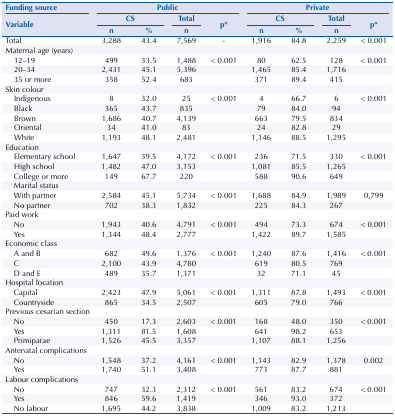
<table><thead><tr><td><b>Funding source</b></td><td colspan="4"><b>Public</b></td><td colspan="4"><b>Private</b></td></tr><tr><td rowspan="3"><b>Variable</b></td><td colspan="2"><b>CS</b></td><td><b>Total</b></td><td rowspan="3"><b>p*</b></td><td colspan="2"><b>CS</b></td><td><b>Total</b></td><td rowspan="3"><b>p*</b></td></tr><tr><td><b>n</b></td><td><b>%</b></td><td><b>n</b></td><td><b>n</b></td><td><b>%</b></td><td><b>n</b></td></tr></thead><tbody><tr><td>Total</td><td>3,288</td><td>43.4</td><td>7,569</td><td>-</td><td>1,916</td><td>84.8</td><td>2,259</td><td>&lt; 0.001</td></tr><tr><td>Maternal age (years)</td><td> </td><td> </td><td> </td><td> </td><td> </td><td> </td><td> </td><td> </td></tr><tr><td>12–19</td><td>499</td><td>33.5</td><td>1,488</td><td>&lt; 0.001</td><td>80</td><td>62.5</td><td>128</td><td>&lt; 0.001</td></tr><tr><td>20–34</td><td>2,431</td><td>45.1</td><td>5,396</td><td> </td><td>1,465</td><td>85.4</td><td>1,716</td><td> </td></tr><tr><td>35 or more</td><td>358</td><td>52.4</td><td>683</td><td> </td><td>371</td><td>89.4</td><td>415</td><td> </td></tr><tr><td>Skin colour</td><td> </td><td> </td><td> </td><td> </td><td> </td><td> </td><td> </td><td> </td></tr><tr><td>Indigenous</td><td>8</td><td>32.0</td><td>25</td><td>&lt; 0.001</td><td>4</td><td>66.7</td><td>6</td><td>&lt; 0.001</td></tr><tr><td>Black</td><td>365</td><td>43.7</td><td>835</td><td> </td><td>79</td><td>84.0</td><td>94</td><td> </td></tr><tr><td>Brown</td><td>1,686</td><td>40.7</td><td>4,139</td><td> </td><td>663</td><td>79.5</td><td>834</td><td> </td></tr><tr><td>Oriental</td><td>34</td><td>41.0</td><td>83</td><td> </td><td>24</td><td>82.8</td><td>29</td><td> </td></tr><tr><td>White</td><td>1,193</td><td>48.1</td><td>2,481</td><td> </td><td>1,146</td><td>88.5</td><td>1,295</td><td> </td></tr><tr><td>Education</td><td> </td><td> </td><td> </td><td> </td><td> </td><td> </td><td> </td><td> </td></tr><tr><td>Elementary school</td><td>1,647</td><td>39.5</td><td>4,172</td><td>&lt; 0.001</td><td>236</td><td>71.5</td><td>330</td><td>&lt; 0.001</td></tr><tr><td>High school</td><td>1,482</td><td>47.0</td><td>3,153</td><td> </td><td>1,081</td><td>85.5</td><td>1,265</td><td> </td></tr><tr><td>College or more</td><td>149</td><td>67.7</td><td>220</td><td> </td><td>588</td><td>90.6</td><td>649</td><td> </td></tr><tr><td>Marital status</td><td> </td><td> </td><td> </td><td> </td><td> </td><td> </td><td> </td><td> </td></tr><tr><td>With partner</td><td>2,584</td><td>45.1</td><td>5,734</td><td>&lt; 0.001</td><td>1,688</td><td>84.9</td><td>1,989</td><td>0,799</td></tr><tr><td>No partner</td><td>702</td><td>38.3</td><td>1,832</td><td> </td><td>225</td><td>84.3</td><td>267</td><td> </td></tr><tr><td>Paid work</td><td> </td><td> </td><td> </td><td> </td><td> </td><td> </td><td> </td><td> </td></tr><tr><td>No</td><td>1,943</td><td>40.6</td><td>4,791</td><td>&lt; 0.001</td><td>494</td><td>73.3</td><td>674</td><td>&lt; 0.001</td></tr><tr><td>Yes</td><td>1,344</td><td>48.4</td><td>2,777</td><td> </td><td>1,422</td><td>89.7</td><td>1,585</td><td> </td></tr><tr><td>Economic class</td><td> </td><td> </td><td> </td><td> </td><td> </td><td> </td><td> </td><td> </td></tr><tr><td>A and B</td><td>682</td><td>49.6</td><td>1.376</td><td>&lt; 0.001</td><td>1,240</td><td>87.6</td><td>1,416</td><td>&lt; 0.001</td></tr><tr><td>C</td><td>2,100</td><td>43.9</td><td>4,780</td><td> </td><td>619</td><td>80.5</td><td>769</td><td> </td></tr><tr><td>D and E</td><td>489</td><td>35.7</td><td>1,371</td><td> </td><td>32</td><td>71.1</td><td>45</td><td> </td></tr><tr><td>Hospital location</td><td> </td><td> </td><td> </td><td> </td><td> </td><td> </td><td> </td><td> </td></tr><tr><td>Capital</td><td>2,423</td><td>47.9</td><td>5,061</td><td>&lt; 0.001</td><td>1,311</td><td>87.8</td><td>1,493</td><td>&lt; 0.001</td></tr><tr><td>Countryside</td><td>865</td><td>34.5</td><td>2,507</td><td> </td><td>605</td><td>79.0</td><td>766</td><td> </td></tr><tr><td colspan="9">Previous cesarian section</td></tr><tr><td>No</td><td>450</td><td>17.3</td><td>2,603</td><td>&lt; 0.001</td><td>168</td><td>48.0</td><td>350</td><td>&lt; 0.001</td></tr><tr><td>Yes</td><td>1,311</td><td>81.5</td><td>1,608</td><td> </td><td>641</td><td>98.2</td><td>653</td><td> </td></tr><tr><td>Primiparae</td><td>1,526</td><td>45.5</td><td>3,357</td><td> </td><td>1,107</td><td>88.1</td><td>1,256</td><td> </td></tr><tr><td>Antenatal complications</td><td> </td><td> </td><td> </td><td> </td><td> </td><td> </td><td> </td><td> </td></tr><tr><td>No</td><td>1,548</td><td>37.2</td><td>4,161</td><td>&lt; 0.001</td><td>1,143</td><td>82.9</td><td>1,378</td><td>0.002</td></tr><tr><td>Yes</td><td>1,740</td><td>51.1</td><td>3,408</td><td> </td><td>773</td><td>87.7</td><td>881</td><td> </td></tr><tr><td>Labour complications</td><td> </td><td> </td><td> </td><td> </td><td> </td><td> </td><td> </td><td> </td></tr><tr><td>No</td><td>747</td><td>32.3</td><td>2,312</td><td>&lt; 0.001</td><td>561</td><td>83.2</td><td>674</td><td>&lt; 0.001</td></tr><tr><td>Yes</td><td>846</td><td>59.6</td><td>1,419</td><td> </td><td>346</td><td>93.0</td><td>372</td><td> </td></tr><tr><td>No labour</td><td>1,695</td><td>44.2</td><td>3,838</td><td> </td><td>1,009</td><td>83.2</td><td>1,213</td><td> </td></tr></tbody></table>